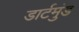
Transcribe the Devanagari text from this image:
डार्टमुंड